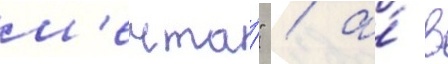
м'ечта́" / а́ в